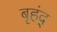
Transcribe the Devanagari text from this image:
बृहंद्